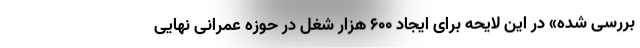
بررسی شده» در این لایحه برای ایجاد ۶۰۰ هزار شغل در حوزه عمرانی نهایی